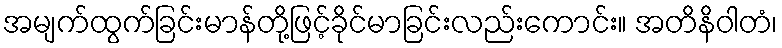
အမျက်ထွက်ခြင်းမာန်တို့ဖြင့်ခိုင်မာခြင်းလည်းကောင်း။ အတိနိဝါတံ၊